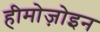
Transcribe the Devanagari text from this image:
हीमोज़ोइन